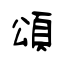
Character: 頌